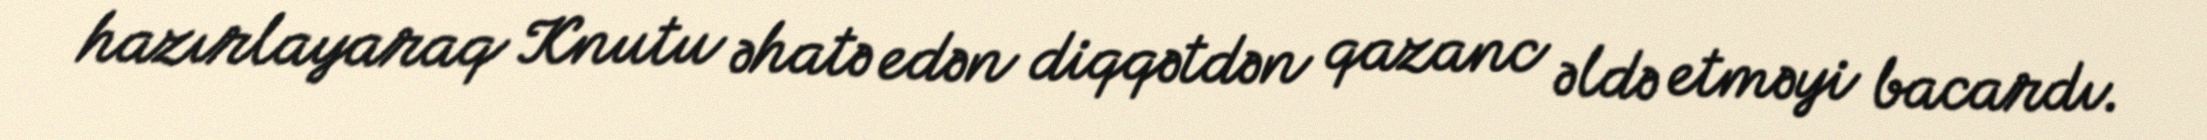
hazırlayaraq Knutu əhatə edən diqqətdən qazanc əldə etməyi bacardı.